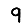
Digit: 9